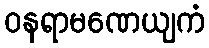
ဝနရာမဏေယျကံ